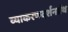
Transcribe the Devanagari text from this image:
व्याकरणदर्शनग्रंथ